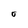
Character: o